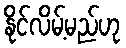
နိုင်လိမ့်မည်ဟု